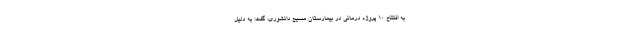
به افتتاح ۱۰ پروژه درمانی در بیمارستان مسیح دانشوری، گفت: به دلیل